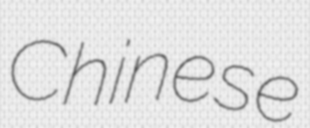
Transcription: Chinese